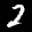
Label: 2